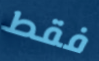
فقط